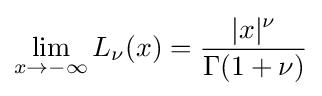
\lim _{x\to -\infty }L_{\nu }(x)={\frac {|x|^{\nu }}{\Gamma (1+\nu )}}